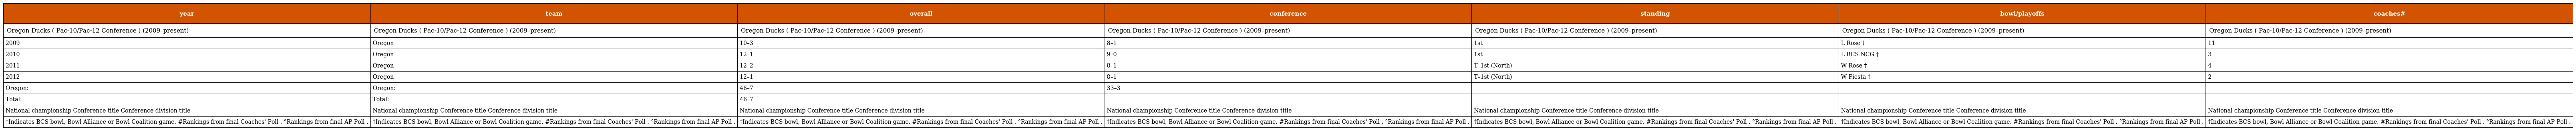
| year | team | overall | conference | standing | bowl/playoffs | coaches# |
 | --- | --- | --- | --- | --- | --- | --- |
 | Oregon Ducks ( Pac-10/Pac-12 Conference ) (2009–present) | Oregon Ducks ( Pac-10/Pac-12 Conference ) (2009–present) | Oregon Ducks ( Pac-10/Pac-12 Conference ) (2009–present) | Oregon Ducks ( Pac-10/Pac-12 Conference ) (2009–present) | Oregon Ducks ( Pac-10/Pac-12 Conference ) (2009–present) | Oregon Ducks ( Pac-10/Pac-12 Conference ) (2009–present) | Oregon Ducks ( Pac-10/Pac-12 Conference ) (2009–present) |
 | 2009 | Oregon | 10–3 | 8–1 | 1st | L Rose † | 11 |
 | 2010 | Oregon | 12–1 | 9–0 | 1st | L BCS NCG † | 3 |
 | 2011 | Oregon | 12–2 | 8–1 | T–1st (North) | W Rose † | 4 |
 | 2012 | Oregon | 12–1 | 8–1 | T–1st (North) | W Fiesta † | 2 |
 | Oregon: | Oregon: | 46–7 | 33–3 |  |  |  |
 | Total: | Total: | 46–7 |  |  |  |  |
 | National championship Conference title Conference division title | National championship Conference title Conference division title | National championship Conference title Conference division title | National championship Conference title Conference division title | National championship Conference title Conference division title | National championship Conference title Conference division title | National championship Conference title Conference division title |
 | †Indicates BCS bowl, Bowl Alliance or Bowl Coalition game. #Rankings from final Coaches' Poll . °Rankings from final AP Poll . | †Indicates BCS bowl, Bowl Alliance or Bowl Coalition game. #Rankings from final Coaches' Poll . °Rankings from final AP Poll . | †Indicates BCS bowl, Bowl Alliance or Bowl Coalition game. #Rankings from final Coaches' Poll . °Rankings from final AP Poll . | †Indicates BCS bowl, Bowl Alliance or Bowl Coalition game. #Rankings from final Coaches' Poll . °Rankings from final AP Poll . | †Indicates BCS bowl, Bowl Alliance or Bowl Coalition game. #Rankings from final Coaches' Poll . °Rankings from final AP Poll . | †Indicates BCS bowl, Bowl Alliance or Bowl Coalition game. #Rankings from final Coaches' Poll . °Rankings from final AP Poll . | †Indicates BCS bowl, Bowl Alliance or Bowl Coalition game. #Rankings from final Coaches' Poll . °Rankings from final AP Poll . |